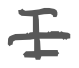
Text: I
Cross-out: mix
Writing tool: digital_gray